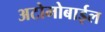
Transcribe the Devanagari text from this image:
अटोमोबाईल